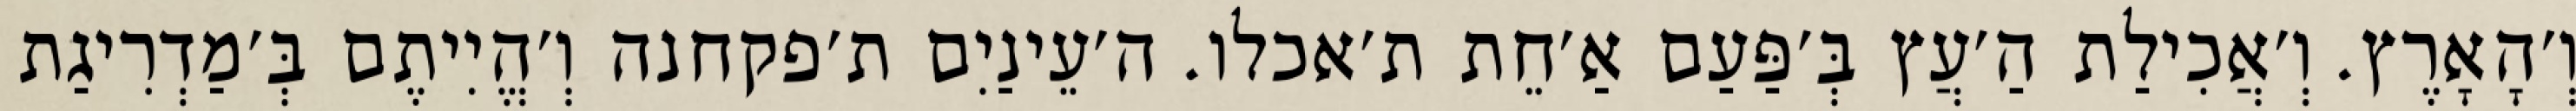
וְ׳הָאָרֶץ. וְ׳אֲכִילַת הַ׳עֲץ בְּ׳פַּעַם אַ׳חֵת ת׳אכלו. ה׳עֵינַיִם ת׳פקחנה וְ׳הֱיִיתֶם בְּ׳מַדְרִיגַת